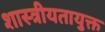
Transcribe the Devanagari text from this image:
शास्त्रीयतायुक्त